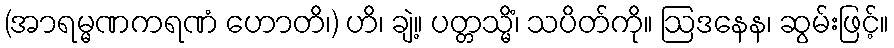
(အာရမ္မဏကရဏံ ဟောတိ၊) ဟိ၊ ချဲ့။ ပတ္တသ္မိံ၊ သပိတ်ကို။ ဩဒနေန၊ ဆွမ်းဖြင့်။